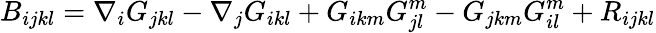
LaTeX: B_{ijkl}=\nabla_{i}G_{jkl}-\nabla_{j}G_{ikl}+G_{ikm}G_{jl}^{m}-G_{jkm}G_{il}^{m}+R_{ijkl}